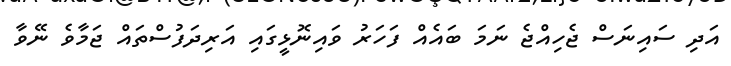
އަދި ސައިނަސް ޖެހިއްޖެ ނަމަ ބައެއް ފަހަރު ވައިނޮޅީގައި އަރިދަފުސްތައް ޖަމާވެ ނޭވާ